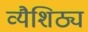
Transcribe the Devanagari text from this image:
व्यैशिठ्य